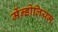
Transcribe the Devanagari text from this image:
मेंन्डोलियम